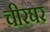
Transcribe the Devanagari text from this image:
चीरघर